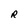
Character: R